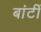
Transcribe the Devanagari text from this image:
बांटीं